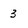
Character: 3